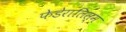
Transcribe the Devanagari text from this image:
फेडेरालिस्म